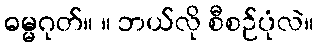
ဓမ္မဂုတ်။ ။ ဘယ်လို စီစဉ်ပုံလဲ။